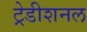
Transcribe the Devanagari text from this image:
ट्रेडीशनल